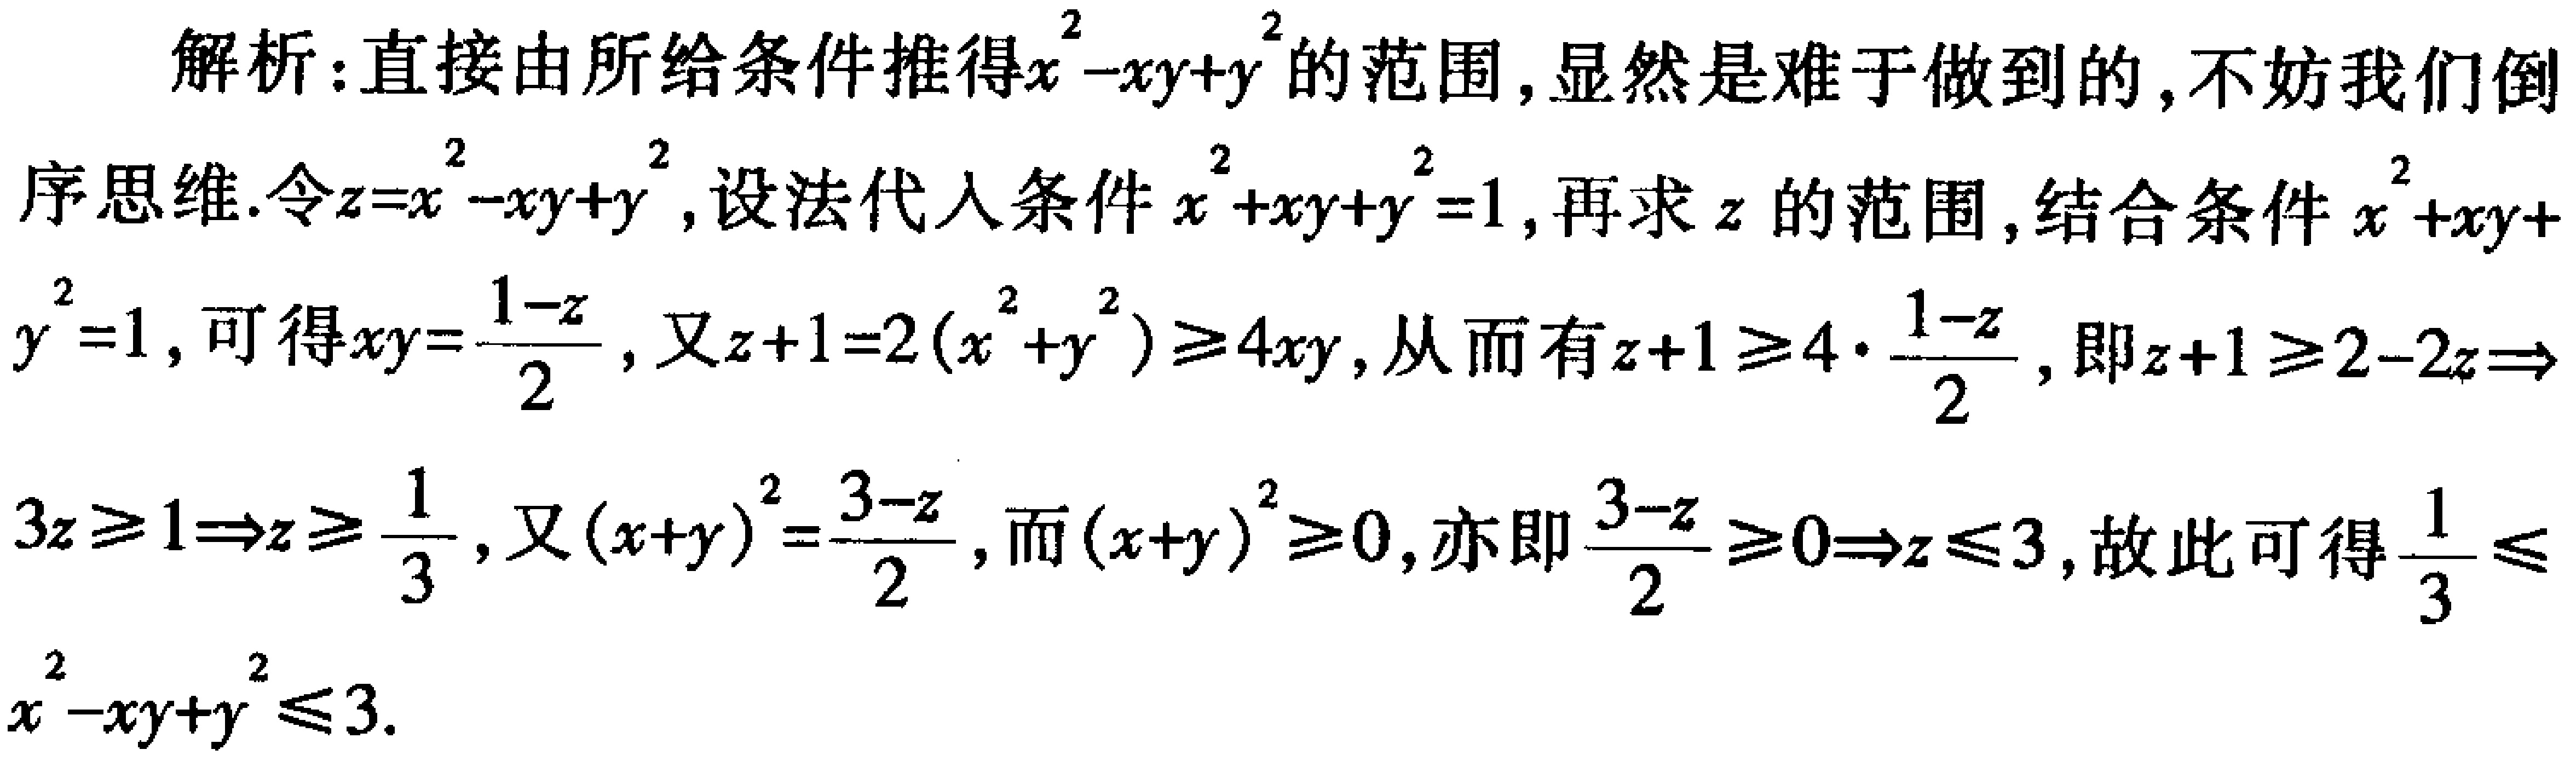
解析：直接由所给条件推得\(x^{2}-xy + y^{2}\)的范围，显然是难于做到的，不妨我们倒

序思维.令\(z = x^{2}-xy + y^{2}\)，设法代入条件\(x^{2}+xy + y^{2}=1\)，再求\(z\)的范围，结合条件\(x^{2}+xy +

\(y^{2}=1\)，可得\(xy=\frac{1 - z}{2}\)，又\(z + 1 = 2(x^{2}+y^{2})\geq4xy\)，从而有\(z + 1\geq4\cdot\frac{1 - z}{2}\)，即\(z + 1\geq2 - 2z\Rightarrow\)

\(3z\geq1\Rightarrow z\geq\frac{1}{3}\)，又\((x + y)^{2}=\frac{3 - z}{2}\)，而\((x + y)^{2}\geq0\)，亦即\(\frac{3 - z}{2}\geq0\Rightarrow z\leq3\)，故此可得\(\frac{1}{3}\leq\)

\(x^{2}-xy + y^{2}\leq3\).